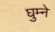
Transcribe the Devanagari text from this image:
घुम्ने